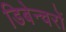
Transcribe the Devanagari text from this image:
डिबेन्‍चरों